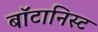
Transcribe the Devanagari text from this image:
बाॅटानिस्ट